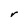
Character: r